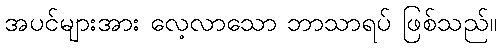
အပင်များအား လေ့လာသော ဘာသာရပ် ဖြစ်သည်။